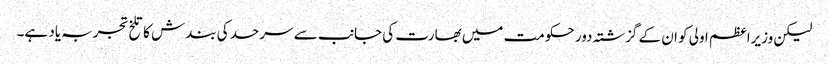
لیکن وزیراعظم اولی کو ان کے گزشتہ دور حکومت میں بھارت کی جانب سے سرحد کی بندش کا تلخ تجربہ یاد ہے۔